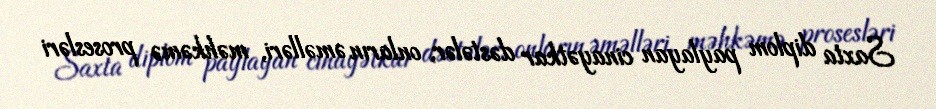
Saxta diplom paylayan cinayətkar dəstələr, onların əməlləri, məhkəmə prosesləri